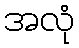
အလုံ